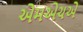
એમએચએ